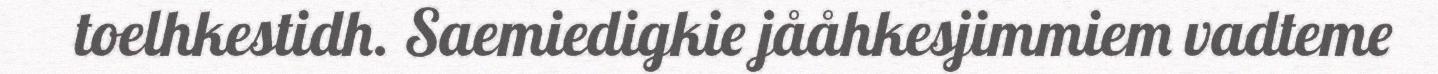
toelhkestidh. Saemiedigkie jååhkesjimmiem vadteme